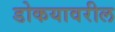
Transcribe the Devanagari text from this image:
डोकयावरील